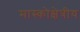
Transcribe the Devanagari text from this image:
मास्कोक्षेत्रीय